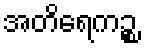
အတိရေကဉ္စ